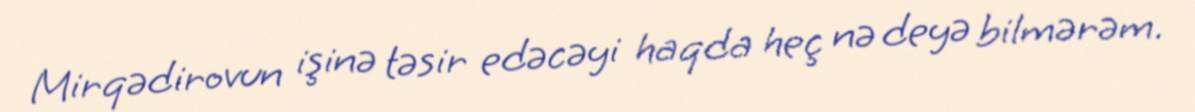
Mirqədirovun işinə təsir edəcəyi haqda heç nə deyə bilmərəm.